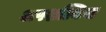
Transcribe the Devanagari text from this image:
अपशल्कित